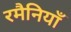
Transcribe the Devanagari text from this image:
रमैनियाँ